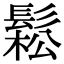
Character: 鬆